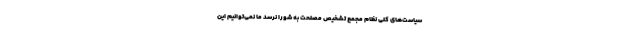
سیاست‌های کلی نظام مجمع تشخیص مصلحت به شورا نرسد ما نمی‌توانیم این